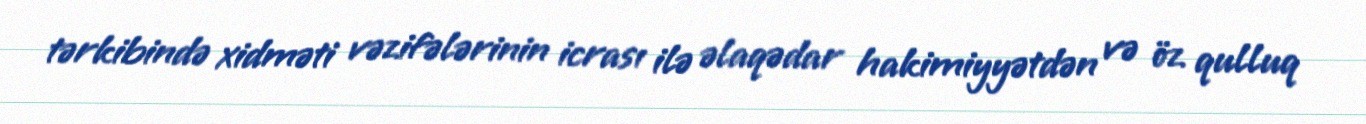
tərkibində xidməti vəzifələrinin icrası ilə əlaqədar hakimiyyətdən və öz qulluq